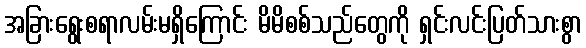
အခြားရွေးစရာလမ်းမရှိကြောင်း မိမိစစ်သည်တွေကို ရှင်းလင်းပြတ်သားစွာ